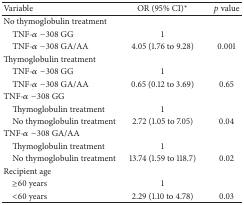
<table><thead><tr><td><b>Variable</b></td><td><b>OR (95% CI)<sup><i>∗</i></sup></b></td><td><b><i>p</i> value</b></td></tr></thead><tbody><tr><td>No thymoglobulin treatment </td><td> </td><td> </td></tr><tr><td> TNF-<i>α</i>−308 GG</td><td>1</td><td> </td></tr><tr><td> TNF-<i>α</i>−308 GA/AA</td><td>4.05 (1.76 to 9.28)</td><td>0.001</td></tr><tr><td>Thymoglobulin treatment</td><td> </td><td> </td></tr><tr><td> TNF-<i>α</i>−308 GG</td><td>1</td><td> </td></tr><tr><td> TNF-<i>α</i>−308 GA/AA</td><td>0.65 (0.12 to 3.69)</td><td>0.65</td></tr><tr><td>TNF-<i>α</i>−308 GG</td><td> </td><td> </td></tr><tr><td> Thymoglobulin treatment </td><td>1</td><td> </td></tr><tr><td> No thymoglobulin treatment</td><td>2.72 (1.05 to 7.05)</td><td>0.04</td></tr><tr><td>TNF-<i>α</i>−308 GA/AA</td><td> </td><td> </td></tr><tr><td> Thymoglobulin treatment </td><td>1</td><td> </td></tr><tr><td> No thymoglobulin treatment</td><td>13.74 (1.59 to 118.7)</td><td>0.02</td></tr><tr><td>Recipient age </td><td> </td><td> </td></tr><tr><td> ≥60 years</td><td>1</td><td> </td></tr><tr><td> &lt;60 years</td><td>2.29 (1.10 to 4.78)</td><td>0.03</td></tr></tbody></table>